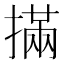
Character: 㨺